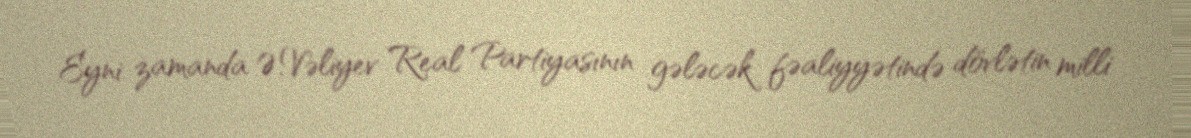
Eyni zamanda Ə.Vəliyev Real Partiyasının gələcək fəaliyyətində dövlətin milli